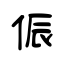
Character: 侲